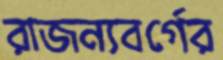
রাজন্যবর্গের